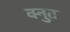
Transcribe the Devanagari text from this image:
क्नुत